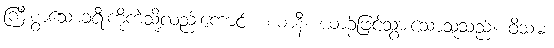
ကြီးစွာသောခရီးကိုကဲ့သို့လည်းကောင်း။ ယာနီ၊ ယာဉ်ဖြင့်သွားသောသူသည်။ ဝိသမံ၊